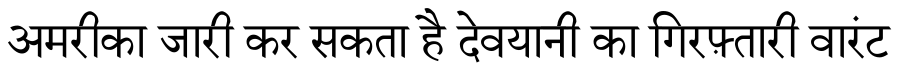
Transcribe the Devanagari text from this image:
अमरीका जारी कर सकता है देवयानी का गिरफ़्तारी वारंट